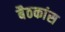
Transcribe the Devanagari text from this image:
बैठकांस